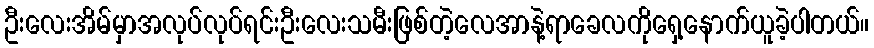
ဦးလေးအိမ်မှာအလုပ်လုပ်ရင်းဦးလေးသမီးဖြစ်တဲ့လေအာနဲ့ရာခေလကိုရှေ့နောက်ယူခဲ့ပါတယ်။